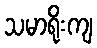
သမာရိုးကျ